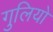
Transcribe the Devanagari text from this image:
गुलियो